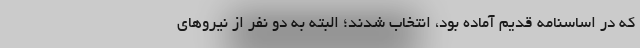
که در اساسنامه قدیم آماده بود، انتخاب شدند؛ البته به دو نفر از نیروهای